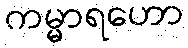
ကမ္မာရဟော